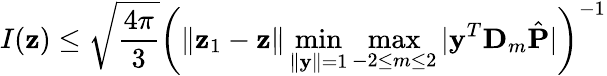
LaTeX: I(\mathbf{z})\leq\sqrt{\frac{4\pi}{3}}\bigg({\| {\mathbf z}_{1}-{\mathbf z}\| \operatorname*{min}_{\| \mathbf y\| =1}\operatorname*{max}_{-2\leq m\leq 2}|\mathbf y^{T}\mathbf D_{m}\hat{\mathbf P}|}\bigg)^{-1}